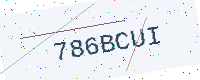
Text: 786BCUI